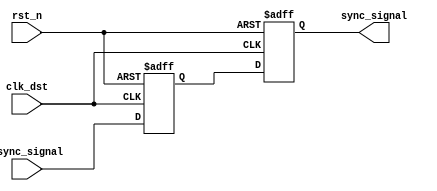
module pulsed_synchronizer (
    input wire async_signal,   // Input signal from the asynchronous clock domain
    input wire clk_dst,        // Clock signal for the destination domain
    input wire rst_n,          // Active low asynchronous reset
    output reg sync_signal      // Synchronized output signal
);

    // Internal signals for the two flip-flops
    reg ff1_out;

    // First flip-flop (FF1) - samples async_signal on clk_dst
    always @(posedge clk_dst or negedge rst_n) begin
        if (!rst_n) begin
            ff1_out <= 1'b0; // Reset state
        end else begin
            ff1_out <= async_signal; // Sample async_signal
        end
    end

    // Second flip-flop (FF2) - samples ff1_out on clk_dst
    always @(posedge clk_dst or negedge rst_n) begin
        if (!rst_n) begin
            sync_signal <= 1'b0; // Reset state
        end else begin
            sync_signal <= ff1_out; // Sample ff1_out
        end
    end

endmodule